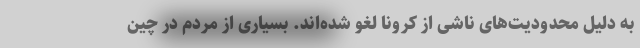
به دلیل محدودیت‌های ناشی از کرونا لغو شده‌اند. بسیاری از مردم در چین